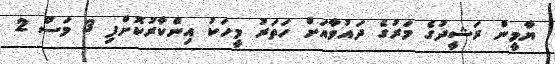
ޔާމީން ރަޝީދުގެ މަރުގެ ދައުވާއަށް ހަތަރު މީހަކު އިންކާރުކޮށްފި 3 މަސް 2